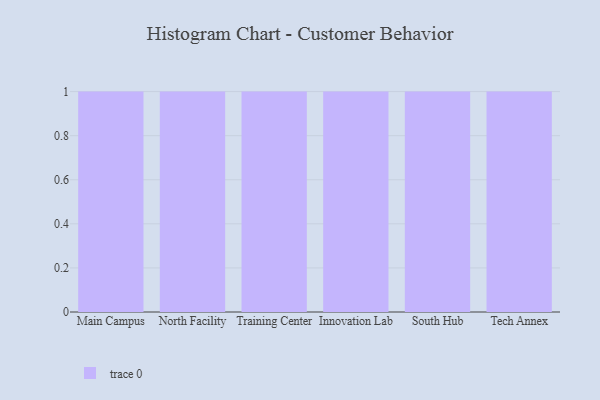
{"axis": {"x": "Campus", "y": "LTV (USD)"}, "legend": [""], "data": [{"x": "Main Campus", "y": 30, "type": ""}, {"x": "North Facility", "y": 80, "type": ""}, {"x": "Training Center", "y": 13, "type": ""}, {"x": "Innovation Lab", "y": 27, "type": ""}, {"x": "South Hub", "y": 34, "type": ""}, {"x": "Tech Annex", "y": 36, "type": ""}]}